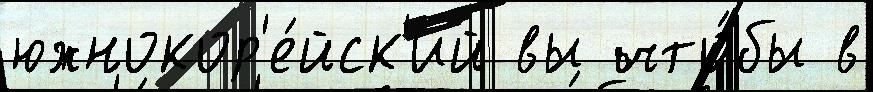
южнокор'е́йск'ий вы что́бы в